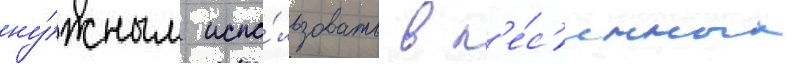
ну́жным испо́льзовать в п'е́с'енных